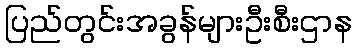
ပြည်တွင်းအခွန်များဦးစီးဌာန